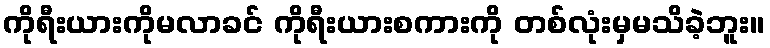
ကိုရီးယားကိုမလာခင် ကိုရီးယားစကားကို တစ်လုံးမှမသိခဲ့ဘူး။